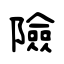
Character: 險